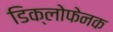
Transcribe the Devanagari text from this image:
डिक्लोफेनक